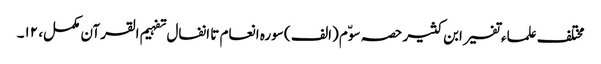
مختلف علماء تفسیر ابن کثیر حصہ سوّم (الف ) سورہ انعام تا انفال تفہیم القرآن مکمل، ۱۲۔